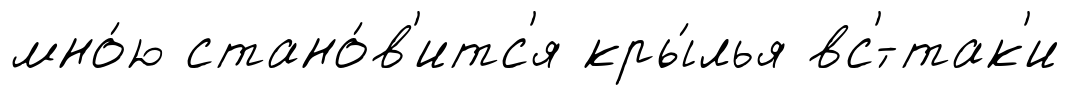
мно́ю стано́в'итс'я кры́лья вс'́-так'и